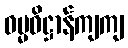
ဓမ္မဓိဋ္ဌာန်ကျကျ